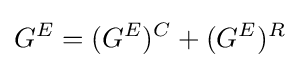
G^{E}=(G^{E})^{C}+(G^{E})^{R}